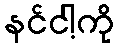
နင်ငါ့ကို